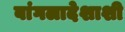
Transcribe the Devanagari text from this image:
बांगलादेशाशी